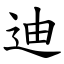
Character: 迪